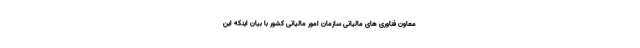
معاون فناوری های مالیاتی سازمان امور مالیاتی کشور با بیان اینکه این